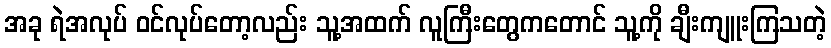
အခု ရဲအလုပ် ဝင်လုပ်တော့လည်း သူ့အထက် လူကြီးတွေကတောင် သူ့ကို ချီးကျူးကြသတဲ့